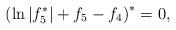
LaTeX: \begin{align*}\left( \ln |f_{5}^{\ast }|+f_{5}-f_{4}\right) ^{\ast }=0,\end{align*}